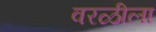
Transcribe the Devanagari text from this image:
वरळीला